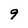
Character: 9